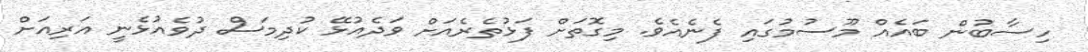
ހިސާބުން ބައެއް މޫސުމުގައި ފެނެއެވެ. މިގޮތަށް ފަޅުތެރެއަށް ވަދެއުޅޭ ކުދިމަސް ދުވެއުޅެނީ އަރިއަށް